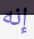
إنه